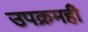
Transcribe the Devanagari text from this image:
उपक्रमहीे